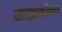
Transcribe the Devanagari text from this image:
स्लेज़कोव्हा